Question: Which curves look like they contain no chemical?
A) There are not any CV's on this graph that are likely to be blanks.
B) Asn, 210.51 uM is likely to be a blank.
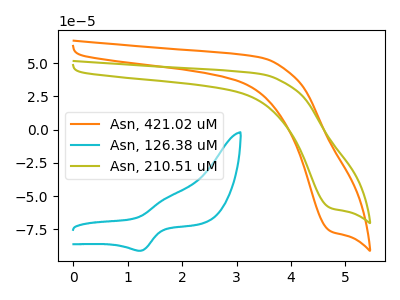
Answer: <think>The orange curve "Asn, 421.02 uM" has a cathodic peak at: (4.75V, -76.50uA). The cyan curve "Asn, 126.38 uM" has an anodic peak at (1.70V, -51.60uA) and a cathodic peak at (1.25V, -91.20uA). The olive curve "Asn, 210.51 uM" has a cathodic peak at: (4.75V, -59.00uA).</think>
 <answer>A) There are not any CV's on this graph that are likely to be blanks.</answer>
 <eval>A</eval>